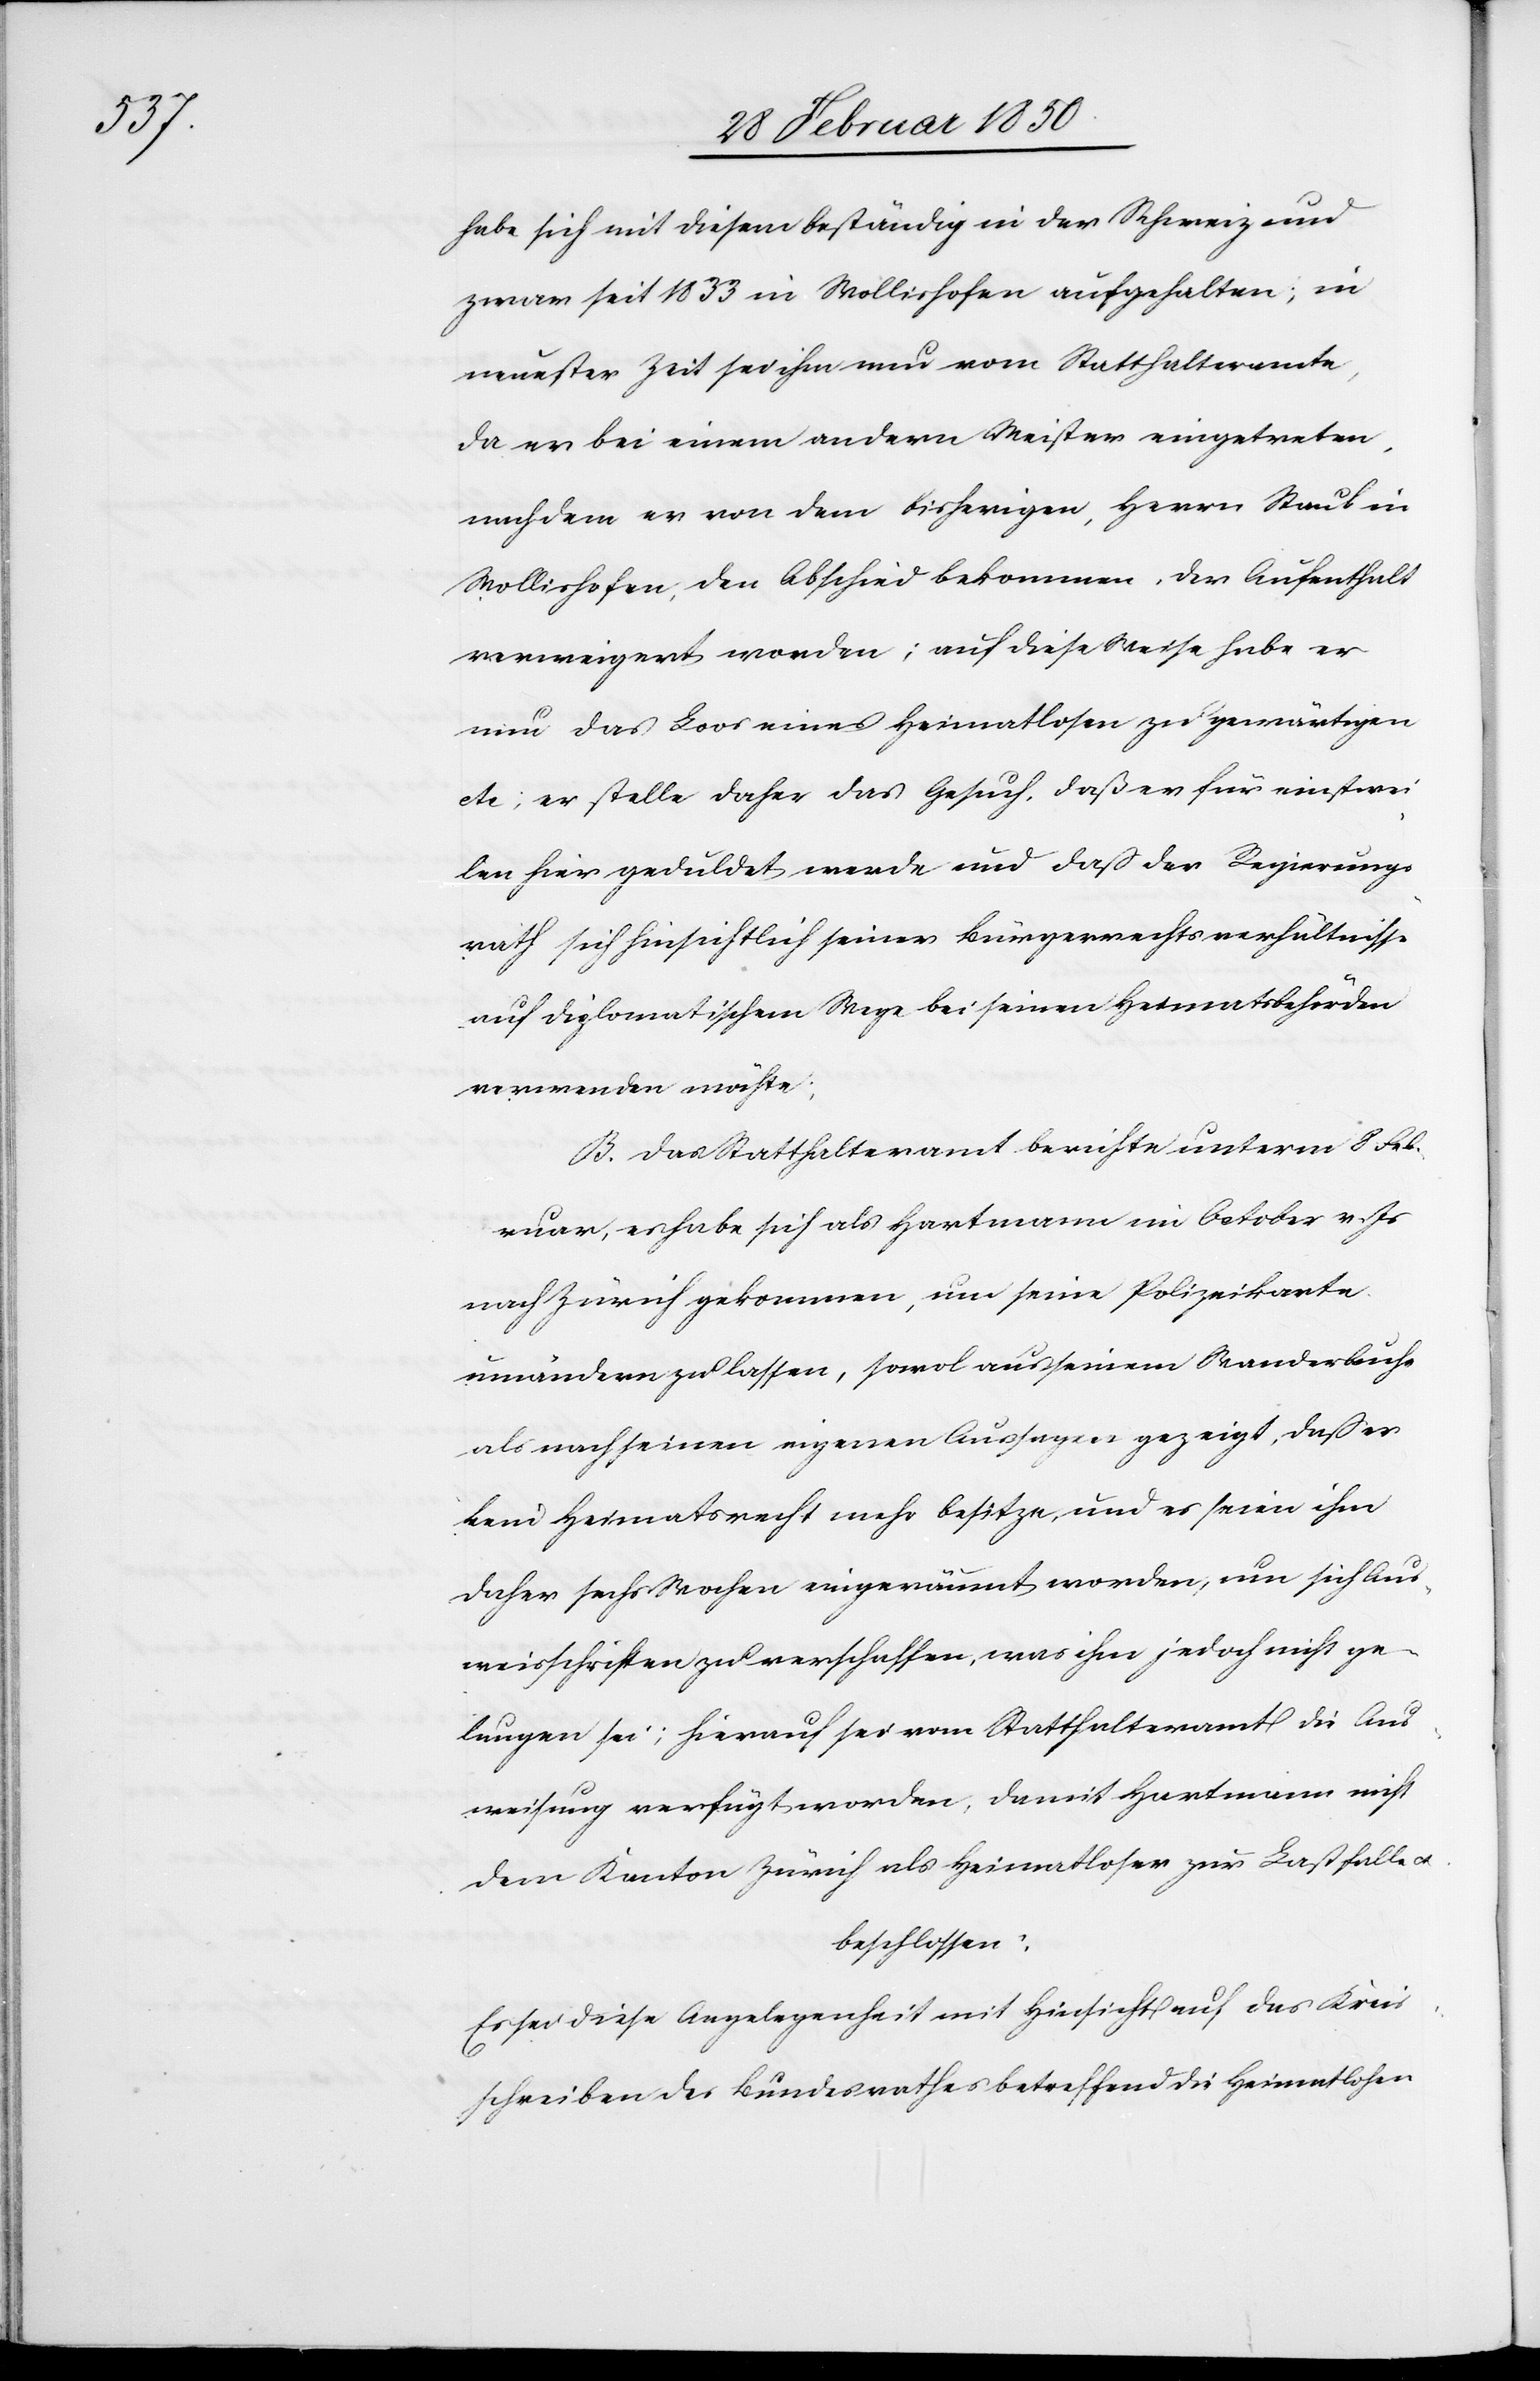
habe sich mit diesem beständig in der Schweiz und
zwar seit 1833 in Wollishofen aufgehalten; in
neuester Zeit sei ihm nun vom Statthalteramte,
da er bei einem andern Meister eingetreten,
nachdem er von dem bisherigen, Herrn Staub in
Wollishofen, den Abschied bekommen, der Aufenthalt
verweigert worden; auf diese Weise habe er
nun das Loos eines Heimatlosen zu gewärtigen
etc; er stelle daher das Gesuch, daß er für einstwei¬
len hier geduldet werde und daß der Regierungs¬
rath sich hinsichtlich seiner Bürgerrechtsverhältnisse
auf diplomatischem Wege bei seinen Heimatsbehörden
verwenden möchte;
B. Daß Statthalteramt berichte unterm 8 Feb¬
ruar, es habe sich als Hartmann im October v. Js
nach Zürich gekommen, um seine Polizeikarte
umändern zu lassen, sowol aus seinem Wanderbuche
als nach seinen eigenen Aussagen gezeigt, daß er
kein Heimatsrecht mehr besitze, und es seien ihm
daher sechs Wochen eingeräumt worden, um sich Aus¬
weisschriften zu verschaffen, was ihm jedoch nicht ge¬
lungen sei; hierauf sei vom Statthalteramt die Aus¬
weisung verfügt worden, damit Hartmann nicht
dem Kanton Zürich als Heimatloser zur Last falle
beschlossen:
Es sei diese Angelegenheit mit Hinsicht auf das Kreis¬
schreiben des Bundesrathes betreffend die Heimatlosen